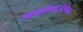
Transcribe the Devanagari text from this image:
कार्बामाज़ेपिन